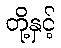
တို့နှင့်